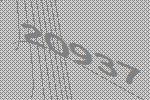
20937